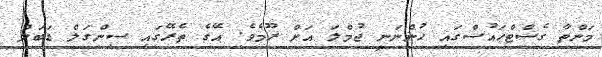
މަންތާ ގެސްޓްހައުސްގައި ހުންނަނީ ޖުމްލަ އަށް ރޫމެވެ. އޭގެ ތެރޭގައި ސިންގަލް ޑަބަލް